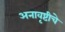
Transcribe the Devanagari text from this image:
अनावृष्टीचे